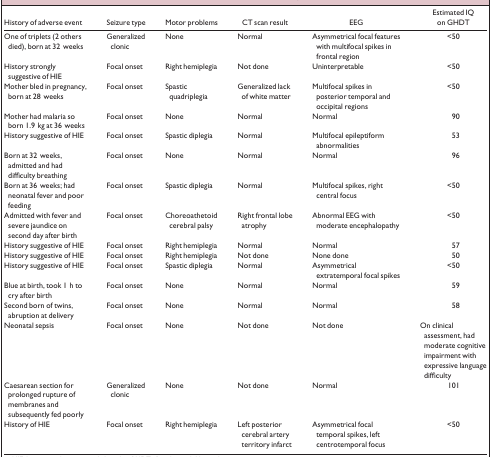
| History of adverse event | Seizure type | Motor problems | CT scan result | EEG | Estimated IQ on GHDT |
 | --- | --- | --- | --- | --- | --- |
 | One of triplets (2 others died), born at 32 weeks | Generalized clonic | None | Normal | Asymmetrical focal features with multifocal spikes in frontal region | <50 |
 | History strongly suggestive of HIE | Focal onset | Right hemiplegia | Not done | Uninterpretable | <50 |
 | Mother bled in pregnancy, born at 28 weeks | Focal onset | Spastic quadriplegia | Generalized lack of white matter | Multifocal spikes in posterior temporal and occipital regions | <50 |
 | Mother had malaria so born 1.9 kg at 36 weeks | Focal onset | None | Normal | Normal | 90 |
 | History suggestive of HIE | Focal onset | Spastic diplegia | Normal | Multifocal epileptiform abnormalities | 53 |
 | Born at 32 weeks, admitted and had difficulty breathing | Focal onset | None | Normal | Normal | 96 |
 | Born at 36 weeks; had neonatal fever and poor feeding | Focal onset | Spastic diplegia | Normal | Multifocal spikes, right central focus | <50 |
 | Admitted with fever and severe jaundice on second day after birth | Focal onset | Choreoathetoid cerebral palsy | Right frontal lobe atrophy | Abnormal EEG with moderate encephalopathy | <50 |
 | History suggestive of HIE | Focal onset | Right hemiplegia | Normal | Normal | 57 |
 | History suggestive of HIE | Focal onset | Right hemiplegia | Not done | None done | 50 |
 | History suggestive of HIE | Focal onset | Spastic diplegia | Normal | Asymmetrical extratemporal focal spikes | <50 |
 | Blue at birth, took 1 h to cry after birth | Focal onset | None | Normal | Normal | 59 |
 | Second born of twins, abruption at delivery | Focal onset | None | Normal | Normal | 58 |
 | Neonatal sepsis | Focal onset | None | Not done | Not done | On clinical assessment, had moderate cognitive impairment with expressive language difficulty |
 | Caesarean section for prolonged rupture of membranes and subsequently fed poorly | Generalized clonic | None | Not done | Normal | 101 |
 | History of HIE | Focal onset | Right hemiplegia | Left posterior cerebral artery territory infarct | Asymmetrical focal temporal spikes, left centrotemporal focus | <50 |